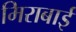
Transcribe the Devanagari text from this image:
मिराबाई